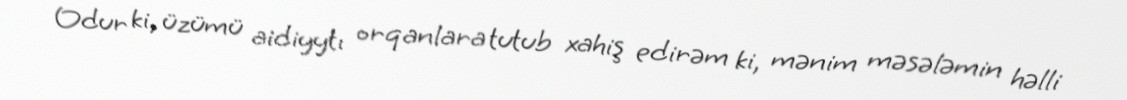
Odur ki, üzümü aidiyytı orqanlara tutub xahiş edirəm ki, mənim məsələmin həlli